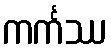
ကင်္ကဿ